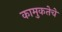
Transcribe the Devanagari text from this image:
कामुकतेचे